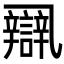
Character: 𨐾